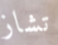
تشاز